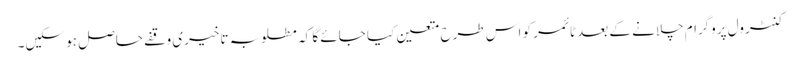
کنٹرول پروگرام چلانے کے بعد ٹائمر کو اس طرح متعین کیا جائے گا کہ مطلوبہ تاخیری وقفے حاصل ہو سکیں۔